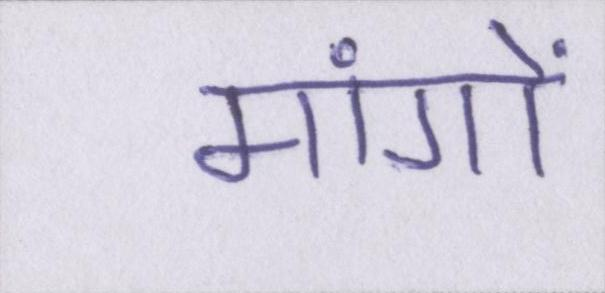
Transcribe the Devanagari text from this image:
मांगों